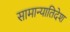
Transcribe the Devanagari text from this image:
सामान्यातिदेश